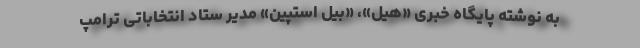
به نوشته پایگاه خبری «هیل»، «بیل استپین» مدیر ستاد انتخاباتی ترامپ